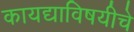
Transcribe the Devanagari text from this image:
कायद्याविषयीचे